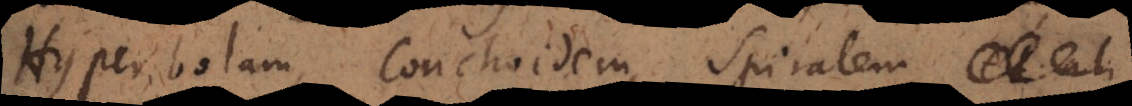
Hyperbolam, Conchoidem, Spiralem,